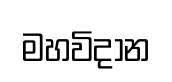
මහවිදාන